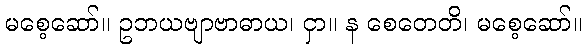
မစေ့ဆော်။ ဥဘယဗျာဗာဓာယ၊ ငှာ။ န စေတေတိ၊ မစေ့ဆော်။